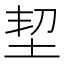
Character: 𡊷